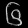
Digit: ၆